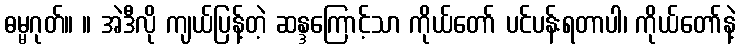
ဓမ္မဂုတ်။ ။ အဲဒီလို ကျယ်ပြန့်တဲ့ ဆန္ဒကြောင့်သာ ကိုယ်တော် ပင်ပန်းရတာပါ၊ ကိုယ်တော်နဲ့